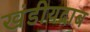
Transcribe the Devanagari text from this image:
खंडीयदाब